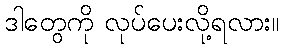
ဒါတွေကို လုပ်ပေးလို့ရလား။